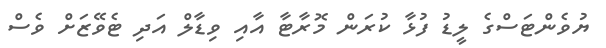
ޔުވެންޓަސްގެ ލީޑު ފުޅާ ކުރަން މޮރާޓާ އާއި ވިޑާލް އަދި ޓެވޭޒަށް ވެސް